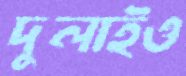
দুলাইও